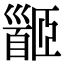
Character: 𩠡